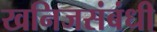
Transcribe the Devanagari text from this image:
खनिजसंबंधी